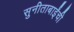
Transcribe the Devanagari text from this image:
सुनीताबाईंची